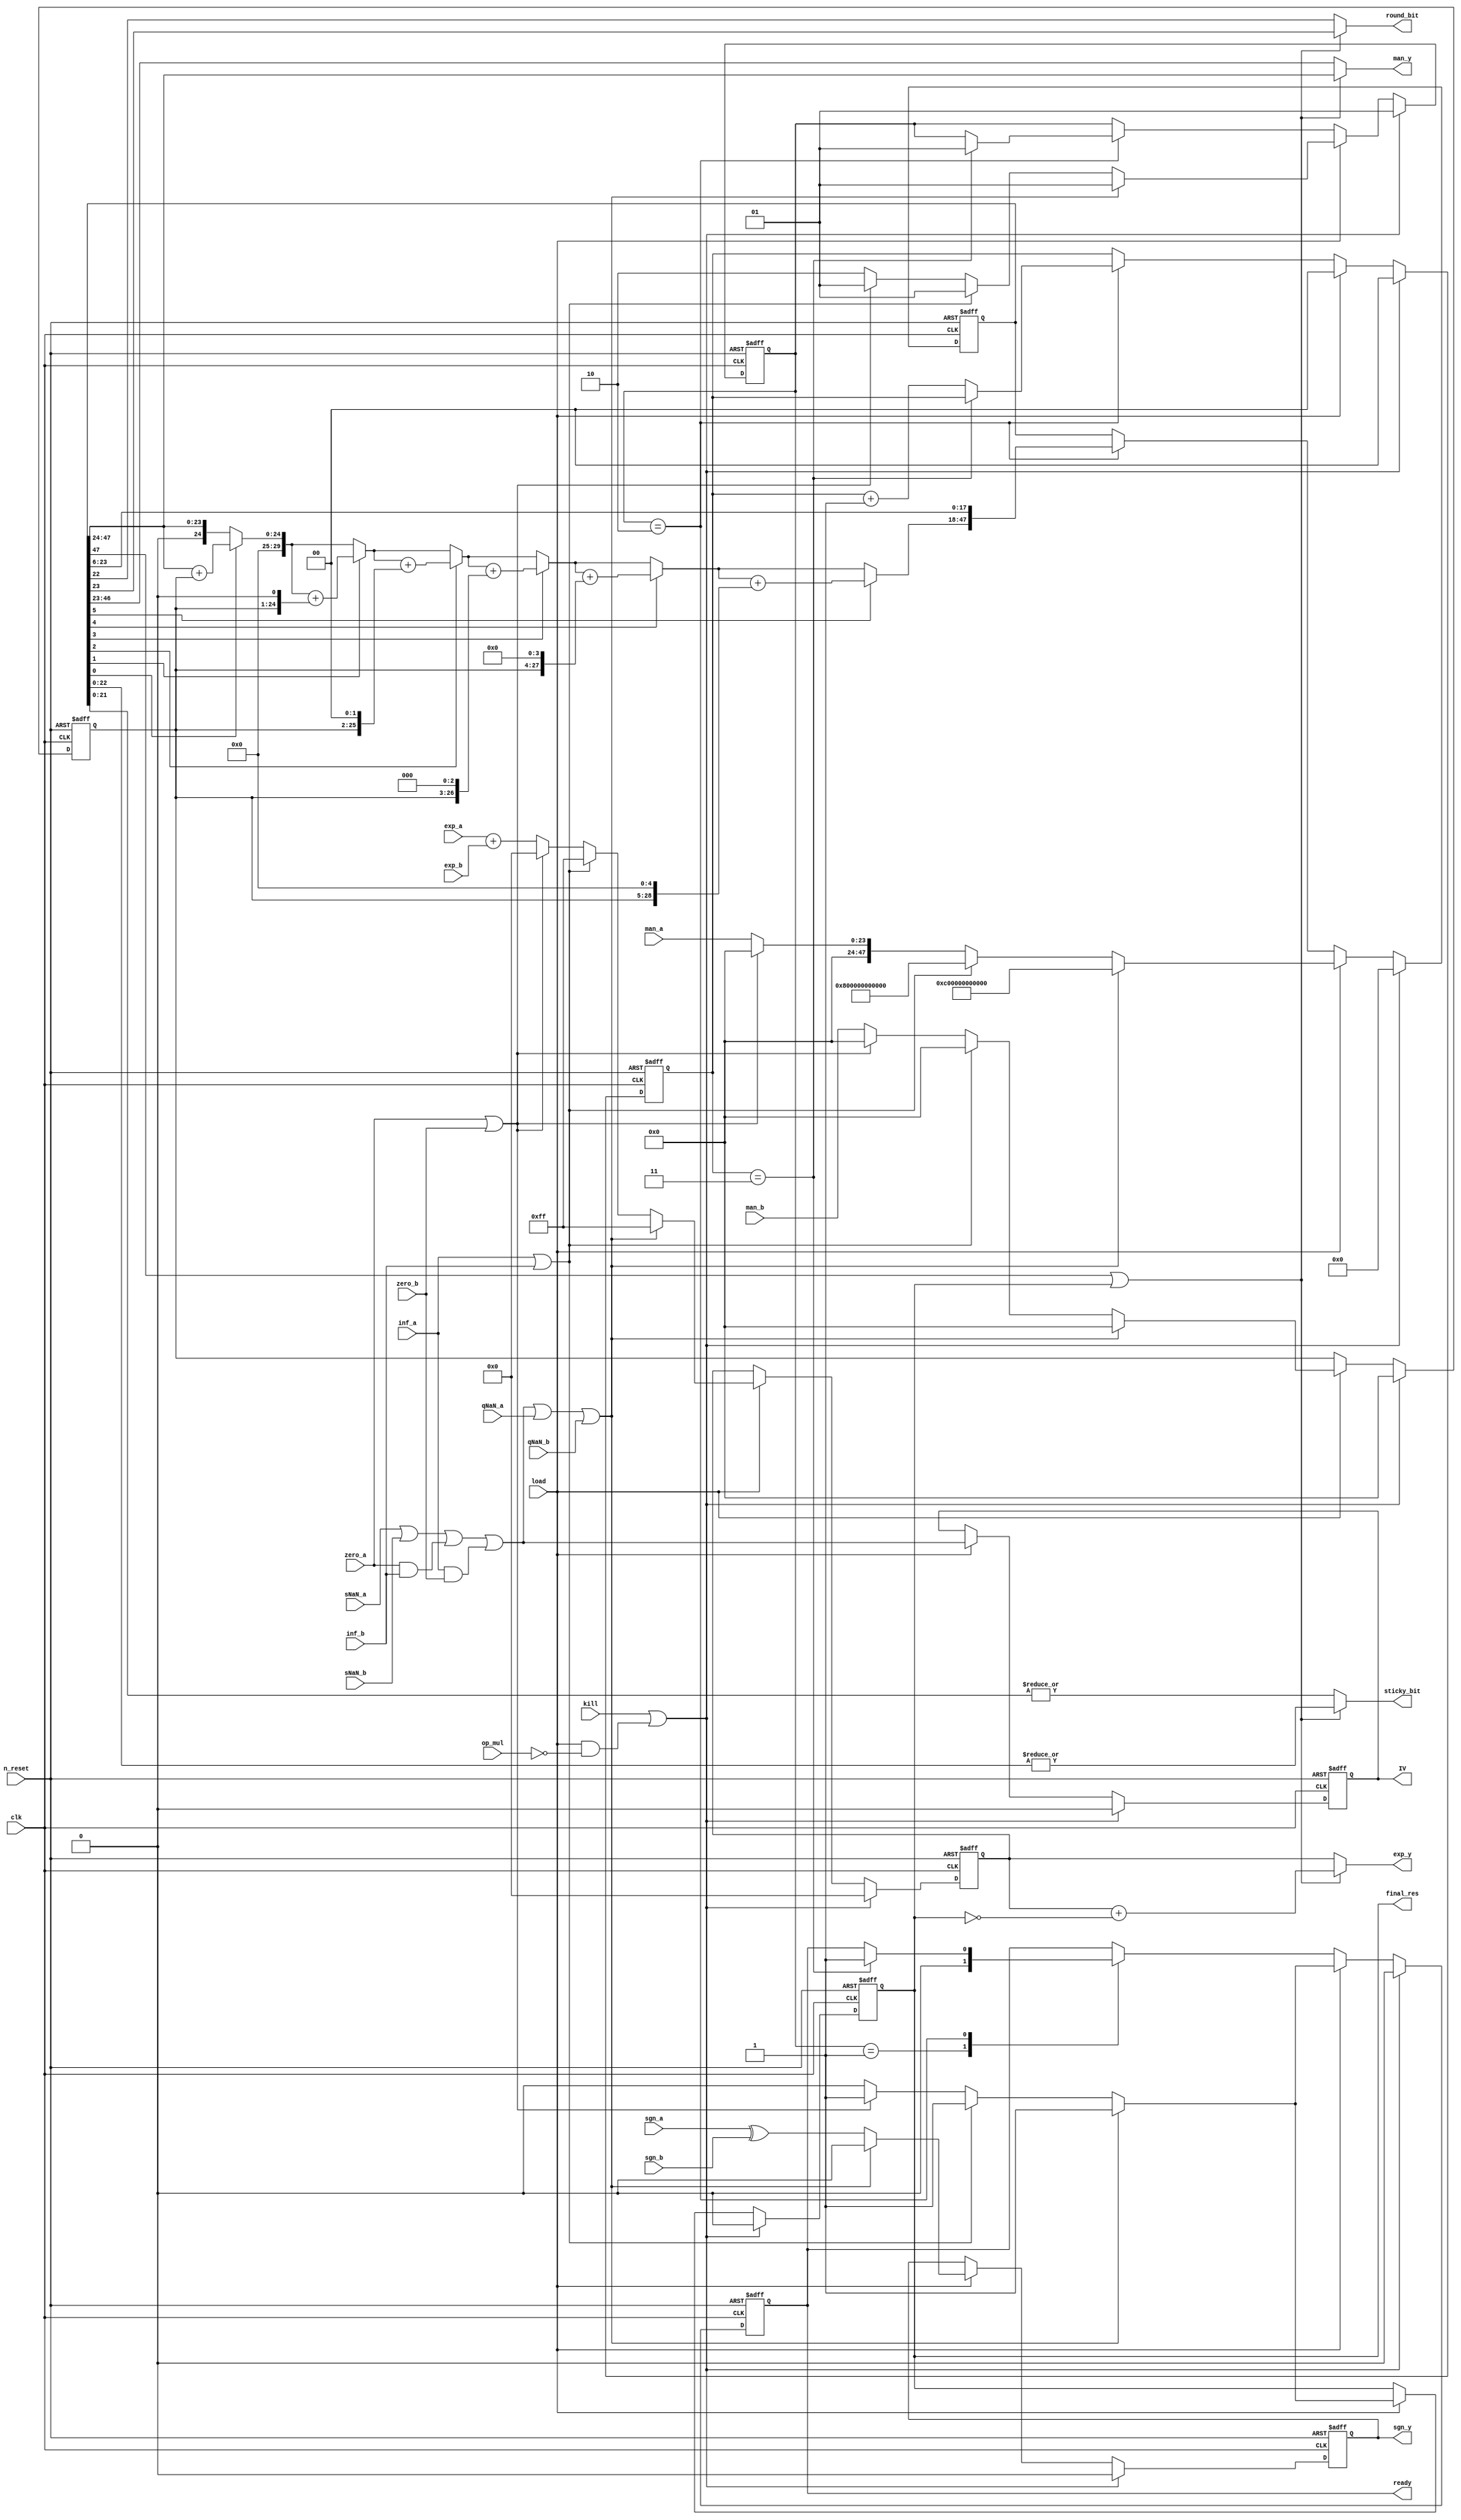
module airi5c_float_multiplier
(
    input               clk,
    input               n_reset,
    input               kill,
    input               load,

    input               op_mul,

    input       [23:0]  man_a,
    input       [9:0]   exp_a,
    input               sgn_a,
    input               zero_a,
    input               inf_a,
    input               sNaN_a,
    input               qNaN_a,

    input       [23:0]  man_b,
    input       [9:0]   exp_b,
    input               sgn_b,
    input               zero_b,
    input               inf_b,
    input               sNaN_b,
    input               qNaN_b,

    output  reg [23:0]  man_y,
    output  reg [9:0]   exp_y,
    output  reg         sgn_y,

    output  reg         round_bit,
    output  reg         sticky_bit,

    output  reg         IV,

    output  reg         final_res,
    output  reg         ready
);

    reg     [23:0]  reg_man_b;
    reg     [47:0]  reg_res;
    reg     [9:0]   reg_exp_y;
    reg             reg_sgn_y;
    reg     [1:0]   counter;

    wire            IV_int;

    reg     [29:0]  acc;
    integer         i;

    reg     [1:0]   state;

    localparam      IDLE    = 2'b01,
                    CALC    = 2'b10;

    assign          IV_int  = sNaN_a || sNaN_b || (zero_a && inf_b) || (inf_a && zero_b);

    always @(*) begin
        if (reg_res[47] || final_res) begin
            sgn_y       = reg_sgn_y;
            exp_y       = reg_exp_y + !final_res;
            man_y       = reg_res[47:24];
            round_bit   = reg_res[23];
            sticky_bit  = |reg_res[22:0];
        end

        else begin
            sgn_y       = reg_sgn_y;
            exp_y       = reg_exp_y;
            man_y       = reg_res[46:23];
            round_bit   = reg_res[22];
            sticky_bit  = |reg_res[21:0];
        end
    end

    always @(posedge clk, negedge n_reset) begin
        if (!n_reset) begin
            reg_man_b   <= 24'h000000;
            reg_res     <= 48'h000000000000;
            reg_exp_y   <= 10'h000;
            reg_sgn_y   <= 1'b0;
            IV          <= 1'b0;
            counter     <= 2'd0;
            final_res   <= 1'b0;
            state       <= IDLE;
            ready       <= 1'b0;
        end

        else if (kill || (load && !op_mul)) begin
            reg_man_b   <= 24'h000000;
            reg_res     <= 48'h000000000000;
            reg_exp_y   <= 10'h000;
            reg_sgn_y   <= 1'b0;
            IV          <= 1'b0;
            counter     <= 2'd0;
            final_res   <= 1'b0;
            state       <= IDLE;
            ready       <= 1'b0;
        end

        else if (load) begin
            IV          <= IV_int;
            counter     <= 2'd0;
            // NaN
            if (IV_int || qNaN_a || qNaN_b) begin
                reg_man_b   <= 24'h000000;
                reg_res     <= {24'hc00000, 24'h000000};
                reg_exp_y   <= 10'h0ff;
                reg_sgn_y   <= 1'b0;
                final_res   <= 1'b1;
                state       <= IDLE;
                ready       <= 1'b1;
            end
            // inf
            else if (inf_a || inf_b) begin
                reg_man_b   <= 24'h000000;
                reg_res     <= {24'h800000, 24'h000000};
                reg_exp_y   <= 10'h0ff;
                reg_sgn_y   <= sgn_a ^ sgn_b;
                final_res   <= 1'b1;
                state       <= IDLE;
                ready       <= 1'b1;
            end
            // zero
            else if (zero_a || zero_b) begin
                reg_man_b   <= 24'h000000;
                reg_res     <= {24'h000000, 24'h000000};
                reg_exp_y   <= 10'h000;
                reg_sgn_y   <= sgn_a ^ sgn_b;
                final_res   <= 1'b1;
                state       <= IDLE;
                ready       <= 1'b1;
            end

            else begin
                reg_man_b   <= man_b;
                reg_res     <= {24'h000000, man_a};
                reg_exp_y   <= exp_a + exp_b;
                reg_sgn_y   <= sgn_a ^ sgn_b;
                final_res   <= 1'b0;
                state       <= CALC;
                ready       <= 1'b0;
            end
        end

        else case (state)
            IDLE:   ready <= 1'b0;

            CALC:   begin
                        reg_res <= {acc, reg_res[23:6]};

                        if (counter == 2'd3) begin
                            state   <= IDLE;
                            ready   <= 1'b1;
                        end

                        else
                            counter <= counter + 2'd1;
                    end
        endcase
    end

    always @(*) begin
        acc = {6'b000000, reg_res[47:24]};

        for (i = 0; i < 6; i = i+1) begin
            if (reg_res[i])
                acc = acc + ({6'b000000, reg_man_b} << i);
        end
    end

endmodule